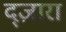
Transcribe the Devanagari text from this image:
द्ज़ारा